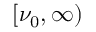
[ \nu _ { 0 } , \infty )